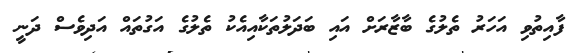
ފާއިތުވި އަހަރު ތެލުގެ ބާޒާރަށް އައި ބަދަލުތަކާއިއެކު ތެލުގެ އަގުތައް އަދިވެސް ދަނީ